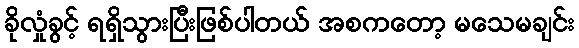
ခိုလှုံခွင့် ရရှိသွားပြီးဖြစ်ပါတယ် အစကတော့ မသေမချင်း